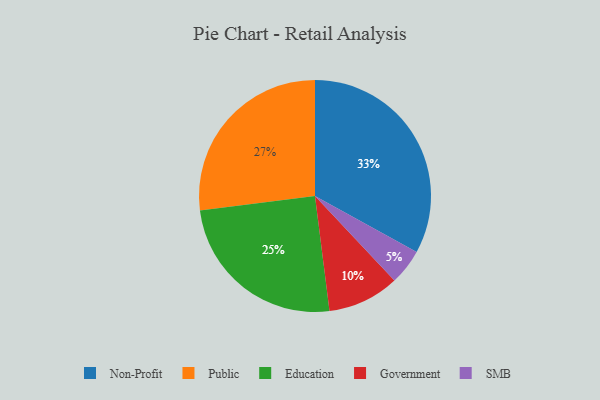
{"axis": {"x": "Category", "y": "Percentage"}, "legend": ["Education", "Government", "Non-Profit", "Public", "SMB"], "data": [{"x": "Government", "y": 10, "type": "Government"}, {"x": "Public", "y": 27, "type": "Public"}, {"x": "SMB", "y": 5, "type": "SMB"}, {"x": "Education", "y": 25, "type": "Education"}, {"x": "Non-Profit", "y": 33, "type": "Non-Profit"}]}